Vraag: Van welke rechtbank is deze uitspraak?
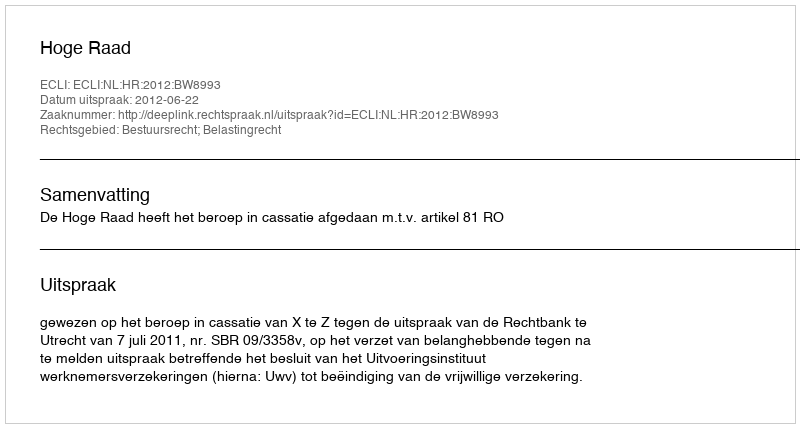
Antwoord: Hoge Raad